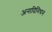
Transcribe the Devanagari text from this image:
अनादिनिधन